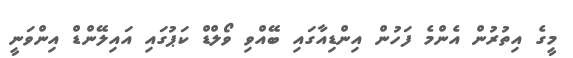
މީގެ އިތުރުން އެންމެ ފަހުން އިންޑިއާގައި ބޭއްވި ވޯލްޑް ކަޕުގައި އައިލޭންޑް އިންވަނީ